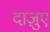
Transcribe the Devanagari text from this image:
दाज़ुए